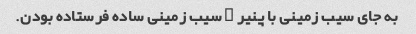
به جای سیب زمینی با پنیر , سیب زمینی ساده فرستاده بودن.